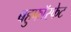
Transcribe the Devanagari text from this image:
बहुफॉस्फेट